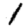
Digit: 1